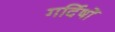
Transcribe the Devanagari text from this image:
गर्दिषों